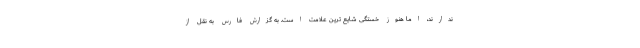
ندارند، اما هنوز خستگی شایع ترین علامت است. به گزارش فارس به نقل از